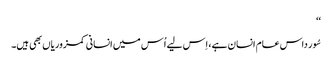
‘‘
سُور داس عام انسان ہے، اِس لیے اُس میں انسانی کمزوریاں بھی ہیں۔